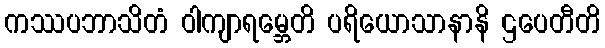
ကဿပဘာသိတံ ဝါကျာရမ္ဘေတိ ပရိယောသာနာနိ ဌပေတီတိ